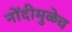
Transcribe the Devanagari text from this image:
नोंदीमुळेच